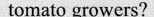
tomato growers?